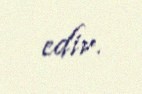
edir.